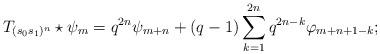
LaTeX: \begin{align*}T_{(s_0s_1)^n}\star\psi_m=q^{2n}\psi_{m+n}+(q-1)\sum_{k=1}^{2n}q^{2n-k}\varphi_{m+n+1-k};\end{align*}